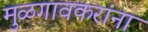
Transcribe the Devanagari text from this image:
मुळगावकरांना